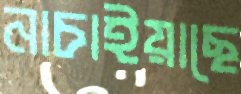
নাচাইয়াছে